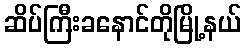
ဆိပ်ကြီးခနောင်တိုမြို့နယ်